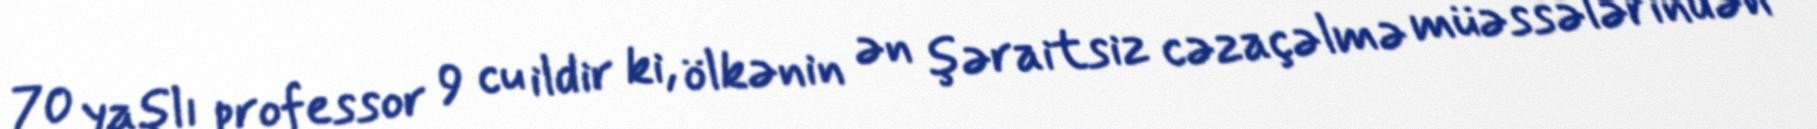
70 yaşlı professor 9 cu ildir ki, ölkənin ən şəraitsiz cəzaçəlmə müəssələrindən